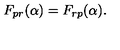
F _ { p r } ( \alpha ) = F _ { r p } ( \alpha ) .